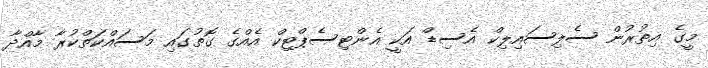
މީގެ އިތުރުން ސެލިސައިލިކް އެސިޑް އަކީ އެންޓިސެޕްޓިކް އެއްގެ ގޮތުގައި މަސައްކަތްކުރާ މާއްދާ